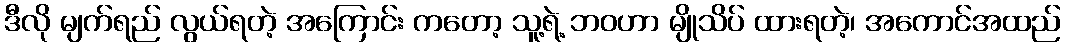
ဒီလို မျက်ရည် လွယ်ရတဲ့ အကြောင်း ကတော့ သူ့ရဲ့ ဘဝဟာ မျိုသိပ် ထားရတဲ့၊ အကောင်အထည်